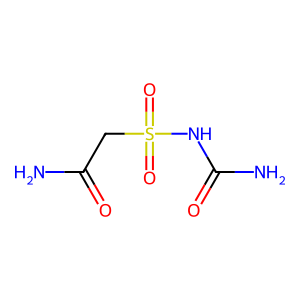
SMILES: NC(=O)CS(=O)(=O)NC(N)=O
Inhibits HIV replication: No